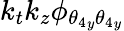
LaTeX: k_{t}k_{z}\phi_{{\theta_{4}}_{y}{\theta_{4}}_{y}}